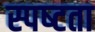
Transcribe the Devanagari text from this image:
स्‍पष्‍टता